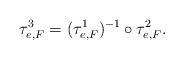
LaTeX: \begin{align*} \tau^3_{e,F} = (\tau^1_{e,F})^{-1} \circ \tau^2_{e,F}.\end{align*}